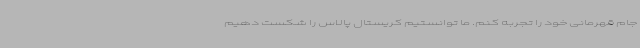
جام قهرمانی خود را تجربه کنم. ما توانستیم کریستال پالاس را شکست دهیم